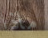
ماذا